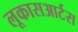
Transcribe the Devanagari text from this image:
लूकासआर्टस